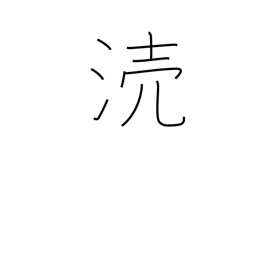
Meaning: defile